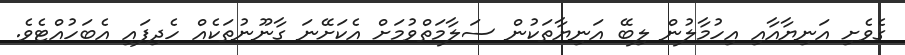
ގެވެށި އަނިޔާއާއި އިހުމާލުން ލިބޭ އަނިޔާތަކުން ސަލާމަތްވުމަށް އެކަށޭނަ ގާނޫނުތަކެއް ހެދިފައި އެބަހުއްޓެވެ.